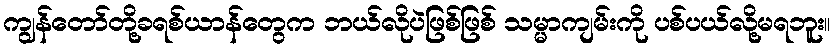
ကျွန်တော်တို့ခရစ်ယာန်တွေက ဘယ်လိုပဲဖြစ်ဖြစ် သမ္မာကျမ်းကို ပစ်ပယ်လို့မရဘူး။